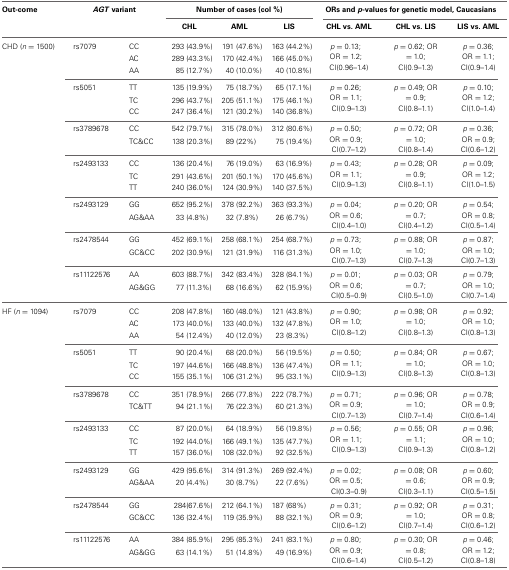
<table><thead><tr><td><b>Out-come</b></td><td colspan="2"><b><i>AGT</i> variant</b></td><td colspan="3"><b>Number of cases (col %)</b></td><td colspan="3"><b>ORs and <i>p</i>-values for genetic model, Caucasians</b></td></tr><tr><td></td><td></td><td></td><td><b>CHL</b></td><td><b>AML</b></td><td><b>LIS</b></td><td><b>CHL vs. AML</b></td><td><b>CHL vs. LIS</b></td><td><b>LIS vs. AML</b></td></tr></thead><tbody><tr><td rowspan="3">CHD (<i>n</i> = 1500)</td><td rowspan="3">rs7079</td><td>CC</td><td>293 (43.9%)</td><td>191 (47.6%)</td><td>163 (44.2%)</td><td rowspan="3"><i>p</i> = 0.13; OR = 1.2; CI(0.96–1.4)</td><td rowspan="3"><i>p</i> = 0.62; OR = 1.0; CI(0.9–1.3)</td><td rowspan="3"><i>p</i> = 0.36; OR = 1.1; CI(0.9–1.4)</td></tr><tr><td>AC</td><td>289 (43.3%)</td><td>170 (42.4%)</td><td>166 (45.0%)</td></tr><tr><td>AA</td><td>85 (12.7%)</td><td>40 (10.0%)</td><td>40 (10.8%)</td></tr><tr><td></td><td rowspan="3">rs5051</td><td>TT</td><td>135 (19.9%)</td><td>75 (18.7%)</td><td>65 (17.1%)</td><td rowspan="3"><i>p</i> = 0.26; OR = 1.1; CI(0.9–1.3)</td><td rowspan="3"><i>p</i> = 0.49; OR = 0.9; CI(0.8–1.1)</td><td rowspan="3"><i>p</i> = 0.10; OR = 1.2; CI(1.0–1.4)</td></tr><tr><td></td><td>TC</td><td>296 (43.7%)</td><td>205 (51.1%)</td><td>175 (46.1%)</td></tr><tr><td></td><td>CC</td><td>247 (36.4%)</td><td>121 (30.2%)</td><td>140 (36.8%)</td></tr><tr><td></td><td rowspan="2">rs3789678</td><td>CC</td><td>542 (79.7%)</td><td>315 (78.0%)</td><td>312 (80.6%)</td><td rowspan="2"><i>p</i> = 0.50; OR = 0.9; CI(0.7–1.2)</td><td rowspan="2"><i>p</i> = 0.72; OR = 1.0; CI(0.8–1.4)</td><td rowspan="2"><i>p</i> = 0.36; OR = 0.9; CI(0.6–1.2)</td></tr><tr><td></td><td>TC&amp;CC</td><td>138 (20.3%)</td><td>89 (22%)</td><td>75 (19.4%)</td></tr><tr><td></td><td rowspan="3">rs2493133</td><td>CC</td><td>136 (20.4%)</td><td>76 (19.0%)</td><td>63 (16.9%)</td><td rowspan="3"><i>p</i> = 0.43; OR = 1.1; CI(0.9–1.3)</td><td rowspan="3"><i>p</i> = 0.28; OR = 0.9; CI(0.8–1.1)</td><td rowspan="3"><i>p</i> = 0.09; OR = 1.2; CI(1.0–1.5)</td></tr><tr><td></td><td>TC</td><td>291 (43.6%)</td><td>201 (50.1%)</td><td>170 (45.6%)</td></tr><tr><td></td><td>TT</td><td>240 (36.0%)</td><td>124 (30.9%)</td><td>140 (37.5%)</td></tr><tr><td></td><td rowspan="2">rs2493129</td><td>GG</td><td>652 (95.2%)</td><td>378 (92.2%)</td><td>363 (93.3%)</td><td rowspan="2"><i>p</i> = 0.04; OR = 0.6; CI(0.4–1.0)</td><td rowspan="2"><i>p</i> = 0.20; OR = 0.7; CI(0.4–1.2)</td><td rowspan="2"><i>p</i> = 0.54; OR = 0.8; CI(0.5–1.4)</td></tr><tr><td></td><td>AG&amp;AA</td><td>33 (4.8%)</td><td>32 (7.8%)</td><td>26 (6.7%)</td></tr><tr><td></td><td rowspan="2">rs2478544</td><td>GG</td><td>452 (69.1%)</td><td>258 (68.1%)</td><td>254 (68.7%)</td><td rowspan="2"><i>p</i> = 0.73; OR = 1.0; CI(0.7–1.3)</td><td rowspan="2"><i>p</i> = 0.88; OR = 1.0; CI(0.7–1.3)</td><td rowspan="2"><i>p</i> = 0.87; OR = 1.0; CI(0.7–1.3)</td></tr><tr><td></td><td>GC&amp;CC</td><td>202 (30.9%)</td><td>121 (31.9%)</td><td>116 (31.3%)</td></tr><tr><td></td><td rowspan="2">rs11122576</td><td>AA</td><td>603 (88.7%)</td><td>342 (83.4%)</td><td>328 (84.1%)</td><td rowspan="2"><i>p</i> = 0.01; OR = 0.6; CI(0.5–0.9)</td><td rowspan="2"><i>p</i> = 0.03; OR = 0.7; CI(0.5–1.0)</td><td rowspan="2"><i>p</i> = 0.79; OR = 1.0; CI(0.7–1.4)</td></tr><tr><td></td><td>AG&amp;GG</td><td>77 (11.3%)</td><td>68 (16.6%)</td><td>62 (15.9%)</td></tr><tr><td rowspan="3">HF (<i>n</i> = 1094)</td><td rowspan="3">rs7079</td><td>CC</td><td>208 (47.8%)</td><td>160 (48.0%)</td><td>121 (43.8%)</td><td rowspan="3"><i>p</i> = 0.90; OR = 1.0; CI(0.8–1.2)</td><td rowspan="3"><i>p</i> = 0.98; OR = 1.0; CI(0.8–1.3)</td><td rowspan="3"><i>p</i> = 0.92; OR = 1.0; CI(0.8–1.3)</td></tr><tr><td>AC</td><td>173 (40.0%)</td><td>133 (40.0%)</td><td>132 (47.8%)</td></tr><tr><td>AA</td><td>54 (12.4%)</td><td>40 (12.0%)</td><td>23 (8.3%)</td></tr><tr><td></td><td rowspan="3">rs5051</td><td>TT</td><td>90 (20.4%)</td><td>68 (20.0%)</td><td>56 (19.5%)</td><td rowspan="3"><i>p</i> = 0.50; OR = 1.1; CI(0.9–1.3)</td><td rowspan="3"><i>p</i> = 0.84; OR = 1.0; CI(0.8–1.3)</td><td rowspan="3"><i>p</i> = 0.67; OR = 1.0; CI(0.8–1.3)</td></tr><tr><td></td><td>TC</td><td>197 (44.6%)</td><td>166 (48.8%)</td><td>136 (47.4%)</td></tr><tr><td></td><td>CC</td><td>155 (35.1%)</td><td>106 (31.2%)</td><td>95 (33.1%)</td></tr><tr><td></td><td rowspan="2">rs3789678</td><td>CC</td><td>351 (78.9%)</td><td>266 (77.8%)</td><td>222 (78.7%)</td><td rowspan="2"><i>p</i> = 0.71; OR = 0.9; CI(0.7–1.3)</td><td rowspan="2"><i>p</i> = 0.96; OR = 1.0; CI(0.7–1.4)</td><td rowspan="2"><i>p</i> = 0.78; OR = 0.9; CI(0.6–1.4)</td></tr><tr><td></td><td>TC&amp;TT</td><td>94 (21.1%)</td><td>76 (22.3%)</td><td>60 (21.3%)</td></tr><tr><td></td><td rowspan="3">rs2493133</td><td>CC</td><td>87 (20.0%)</td><td>64 (18.9%)</td><td>56 (19.8%)</td><td rowspan="3"><i>p</i> = 0.56; OR = 1.1; CI(0.9–1.3)</td><td rowspan="3"><i>p</i> = 0.55; OR = 1.1; CI(0.9–1.3)</td><td rowspan="3"><i>p</i> = 0.96; OR = 1.0; CI(0.8–1.2)</td></tr><tr><td></td><td>TC</td><td>192 (44.0%)</td><td>166 (49.1%)</td><td>135 (47.7%)</td></tr><tr><td></td><td>TT</td><td>157 (36.0%)</td><td>108 (32.0%)</td><td>92 (32.5%)</td></tr><tr><td></td><td rowspan="2">rs2493129</td><td>GG</td><td>429 (95.6%)</td><td>314 (91.3%)</td><td>269 (92.4%)</td><td rowspan="2"><i>p</i> = 0.02; OR = 0.5; CI(0.3–0.9)</td><td rowspan="2"><i>p</i> = 0.08; OR = 0.6; CI(0.3–1.1)</td><td rowspan="2"><i>p</i> = 0.60; OR = 0.9; CI(0.5–1.5)</td></tr><tr><td></td><td>AG&amp;AA</td><td>20 (4.4%)</td><td>30 (8.7%)</td><td>22 (7.6%)</td></tr><tr><td></td><td rowspan="2">rs2478544</td><td>GG</td><td>284 (67.6%)</td><td>212 (64.1%)</td><td>187 (68%)</td><td rowspan="2"><i>p</i> = 0.31; OR = 0.9; CI(0.6–1.2)</td><td rowspan="2"><i>p</i> = 0.92; OR = 1.0; CI(0.7–1.4)</td><td rowspan="2"><i>p</i> = 0.31; OR = 0.8; CI(0.6–1.2)</td></tr><tr><td></td><td>GC&amp;CC</td><td>136 (32.4%)</td><td>119 (35.9%)</td><td>88 (32.1%)</td></tr><tr><td></td><td rowspan="2">rs11122576</td><td>AA</td><td>384 (85.9%)</td><td>295 (85.3%)</td><td>241 (83.1%)</td><td rowspan="2"><i>p</i> = 0.80; OR = 0.9; CI(0.6–1.4)</td><td rowspan="2"><i>p</i> = 0.30; OR = 0.8; CI(0.5–1.2)</td><td rowspan="2"><i>p</i> = 0.46; OR = 1.2; CI(0.8–1.8)</td></tr><tr><td></td><td>AG&amp;GG</td><td>63 (14.1%)</td><td>51 (14.8%)</td><td>49 (16.9%)</td></tr></tbody></table>